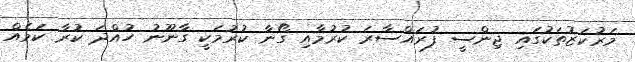
މަރުކަޒުތަކުގައި ޖިންސީ ފުރައްސާރަ ކުރުމާއި ގޯނާ ކުރުމަކީ ގާނޫނު ހުއްދަ ކުރާ ކަމެއް